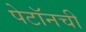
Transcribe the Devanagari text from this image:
पेटॉनची